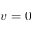
v = 0